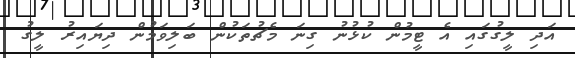
އަދި ލީގުގައި އެ ޓީމުން ކުޅުނު ގިނަ މެޗުތަކުން ބަލިވަމުން ދިޔައިރު ލީގު